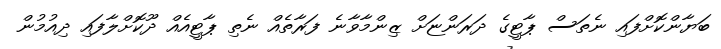
ބަޔާންކޮށްފައި ނެތަސް ޕާޓީގެ ދަރަންޏަށް ޒިންމާވާނެ ފަރާތެއް ނެތި ޕާޓީއެއް ދޫކޮށްލާފައި ދިއުމުން